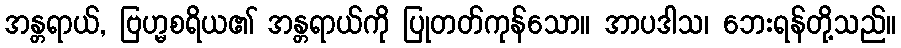
အန္တရာယ်, ဗြဟ္မစရိယ၏ အန္တရာယ်ကို ပြုတတ်ကုန်သော။ အာပဒါသ၊ ဘေးရန်တို့သည်။